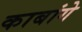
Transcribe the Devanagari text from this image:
काबांगे